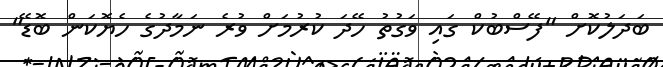
ބަދަލުކޮށް "ފޭސްބުކް ގައި ވަގުތު ހޭދަ ކުރުމަށް ވުރެ ނަމާދުގެ ހެޔޮކަން ބޮޑޭ"